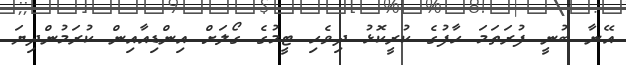
އޭނާ ބުނީ ފުރަތަމަ ހާފުގެ ކުރީކޮޅު ދިވެހި ޓީމުގެ ގޯލަށް އިންޑިއާއިން ކުރަމުންދިޔަ